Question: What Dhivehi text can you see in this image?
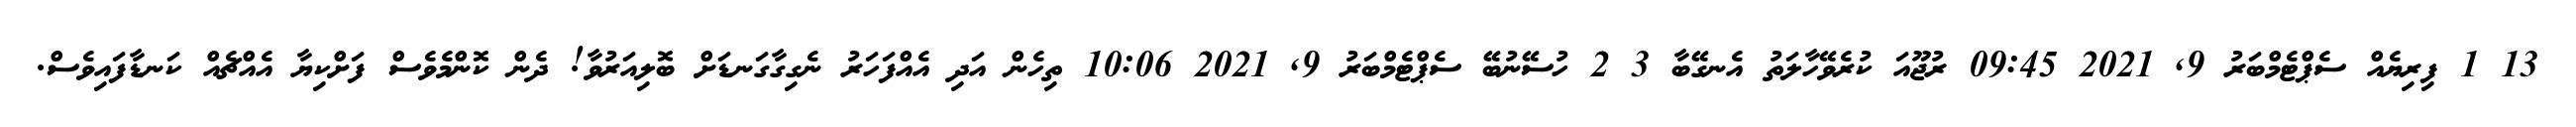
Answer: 13 1 ފިރިޔެއް ސެޕްޓެމްބަރު 9, 2021 09:45 ރުޖޫއަ ކުރެވޭހާލަތު އެނގޭބާ 3 2 ހުސޭނުބޭ ސެޕްޓެމްބަރު 9, 2021 10:06 ތިހެން އަދި އެއްފަހަރު ނެގިގާގަނޑަށް ބޮލިއަރުވާ! ދެން ކޮންމެވެސް ފަށްކިޔާ އެއްޗެއް ކަނޑާފައިވެސް.